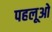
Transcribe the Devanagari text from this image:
पहलूओ